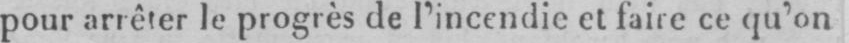
pour arrêter le progrès de l’incendie et faire ce qu’on